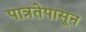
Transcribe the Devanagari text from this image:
पात्रतेपासून